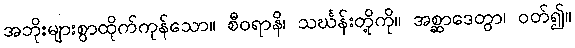
အဘိုးများစွာထိုက်ကုန်သော။ စီဝရာနိ၊ သင်္ဃန်းတို့ကို။ အစ္ဆာဒေတွာ၊ ဝတ်၍။